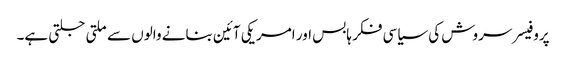
پروفیسر سروش کی سیاسی فکر ہابس اور امریکی آئین بنانے والوں سے ملتی جلتی ہے۔